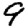
Digit: 9